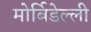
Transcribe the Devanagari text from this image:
मोर्बिडेल्ली